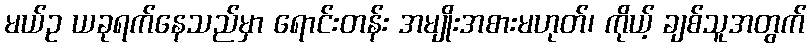
မယ်ဥ ယခုရက်နေသည်မှာ ရောင်းတန်း အမျိုးအစားမဟုတ်၊ ကိုယ့် ချစ်သူအတွက်